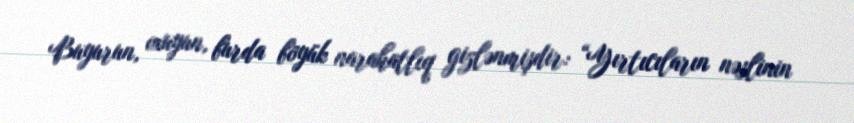
Buyurun, oxuyun, burda böyük narahatlıq gizlənmişdir: “Yırtıcıların nəslinin